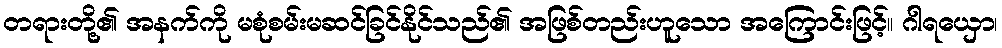
တရားတို့၏ အနက်ကို မစုံစမ်းမဆင်ခြင်နိုင်သည်၏ အဖြစ်တည်းဟူသော အကြောင်းဖြင့်။ ဂါရယှော၊